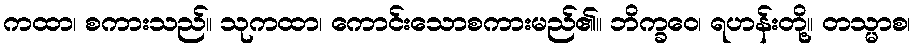
ကထာ၊ စကားသည်။ သုကထာ၊ ကောင်းသောစကားမည်၏။ ဘိက္ခဝေ၊ ရဟန်းတို့။ တသ္မာစ၊